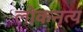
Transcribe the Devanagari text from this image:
लोकनृत्‍य